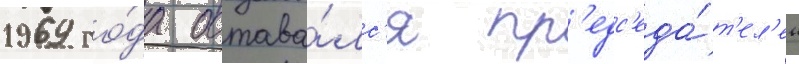
1969 го́да остава́лс'я пр'едс'еда́т'ел'ем